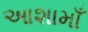
આશામાઁ